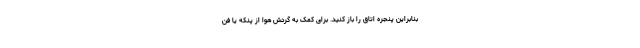
بنابراین پنجره اتاق را باز کنید. برای کمک به گردش هوا از پنکه یا فن